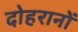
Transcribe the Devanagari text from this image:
दोहरानों